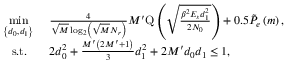
\begin{array} { r l } { \underset { \left\{ d _ { 0 } , d _ { 1 } \right\} } { \operatorname* { m i n } } } & { \ \frac { 4 } { \sqrt { M } \log _ { 2 } \left( \sqrt { M } N _ { r } \right) } M ^ { \prime } \mathrm { Q } \left( \sqrt { \frac { \beta ^ { 2 } E _ { s } d _ { 1 } ^ { 2 } } { 2 N _ { 0 } } } \right) + 0 . 5 \tilde { P } _ { e } \left( m \right) , } \\ { \mathrm { s . t . } \; \; } & { \ 2 d _ { 0 } ^ { 2 } + \frac { M ^ { \prime } \left( 2 M ^ { \prime } + 1 \right) } { 3 } d _ { 1 } ^ { 2 } + 2 M ^ { \prime } d _ { 0 } d _ { 1 } \leq 1 , } \end{array}